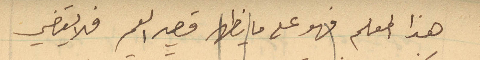
هذا المعلم فهو على ما يظهر قصير العمر فلا يقضي